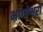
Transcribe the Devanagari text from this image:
भाग्येश्वरी